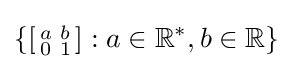
\left\{\left[{\begin{smallmatrix}a&b\\0&1\end{smallmatrix}}\right]:a\in \mathbb {R} ^{*},b\in \mathbb {R} \right\}